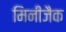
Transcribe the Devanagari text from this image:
मिनीजैक